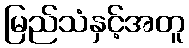
မြည်သံနှင့်အတူ